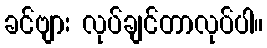
ခင်ဗျား လုပ်ချင်တာလုပ်ပါ။